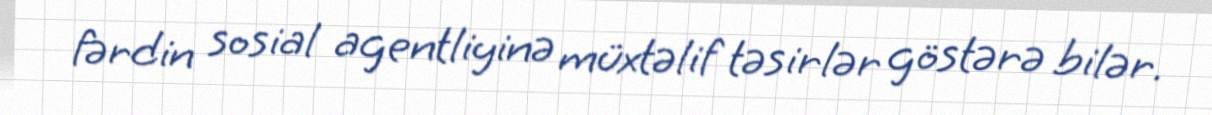
fərdin sosial agentliyinə müxtəlif təsirlər göstərə bilər.